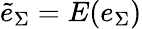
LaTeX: \tilde{e}_{\Sigma}=E(e_{\Sigma})